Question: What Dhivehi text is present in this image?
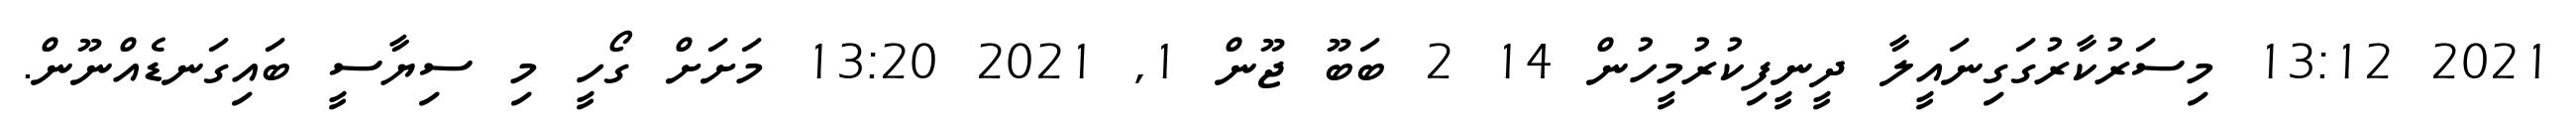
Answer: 2021 13:12 މިސަރުކާރުގަގިނައީލާ ދީނީފިކުރުމީހުން 14 2 ބަބޫ ޖޫން 1, 2021 13:20 މަށަށް ގޯހީ މި ސިޔާސީ ބައިގަނޑެއްނޫން.